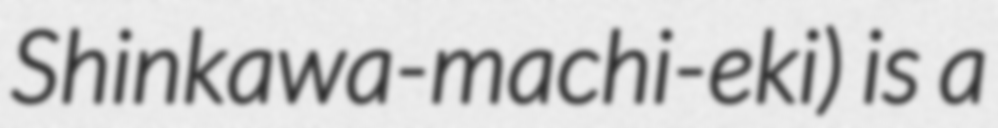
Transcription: Shinkawa-machi-eki) is a